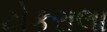
ટોકરાલા